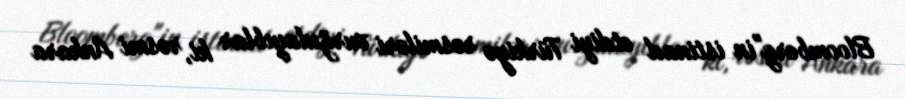
Bloomberg"in istinad etdiyi Türkiyə rəsmiləri vurğulayıblar ki, rəsmi Ankara